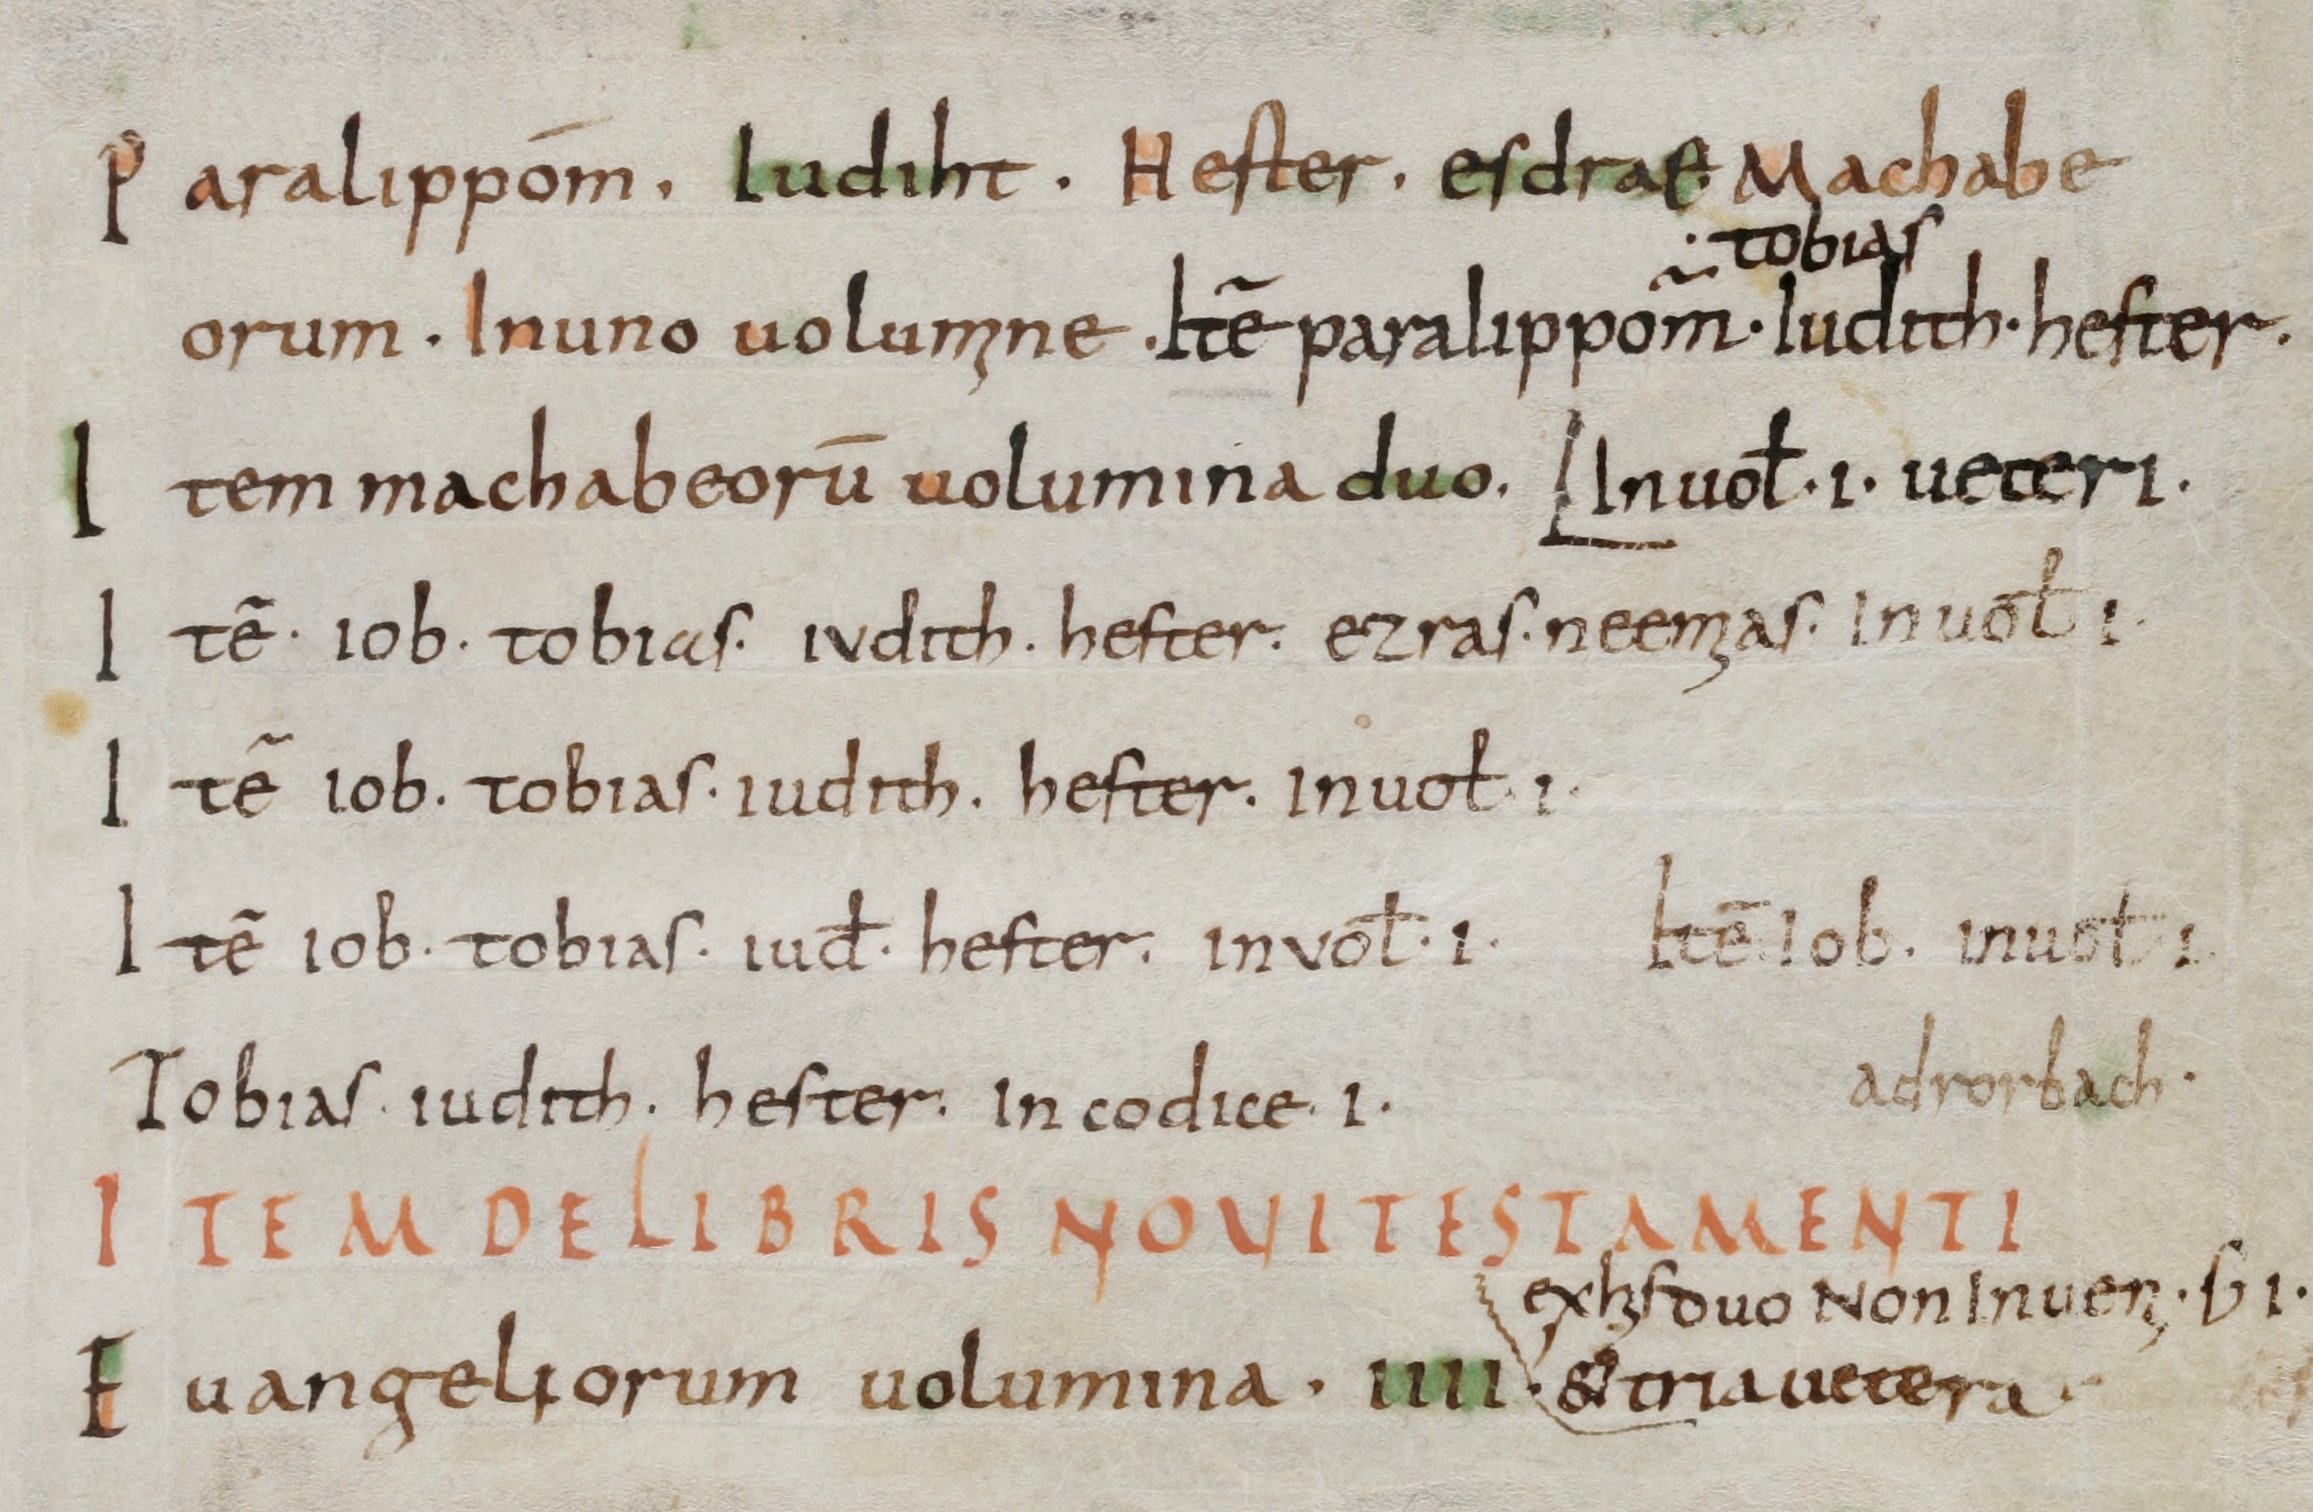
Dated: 800–899